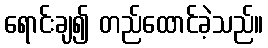
ရောင်းချ၍ တည်ထောင်ခဲ့သည်။